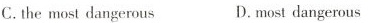
C.the most dangerous D.most dangerous